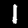
Label: 1